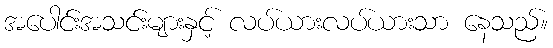
အပေါင်းအသင်းများနှင့် လပ်ယားလပ်ယားသာ နေသည်။